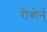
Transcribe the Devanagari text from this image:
रीबोर्न्